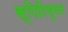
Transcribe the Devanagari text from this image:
स्पिरिचुयल